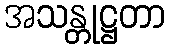
အသန္တုဋ္ဌတာ